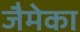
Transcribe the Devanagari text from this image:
जैमेका